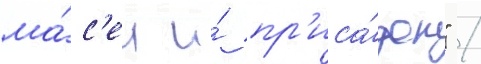
ма́с'ел и́ пр'иса́док" /